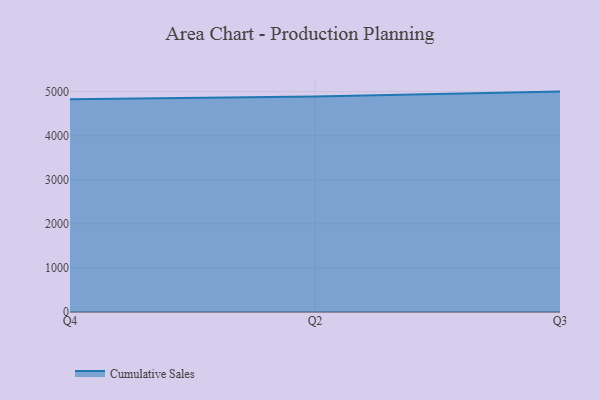
{"axis": {"x": "Quarter", "y": "Energy Usage (MWh)"}, "legend": ["Cumulative Sales"], "data": [{"x": "Q4", "y": 4827.2, "type": "Cumulative Sales"}, {"x": "Q2", "y": 4886.1, "type": "Cumulative Sales"}, {"x": "Q3", "y": 5000, "type": "Cumulative Sales"}]}